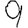
Digit: 9